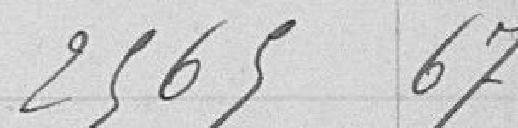
2565,67